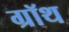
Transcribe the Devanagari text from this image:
ग्रॉथ